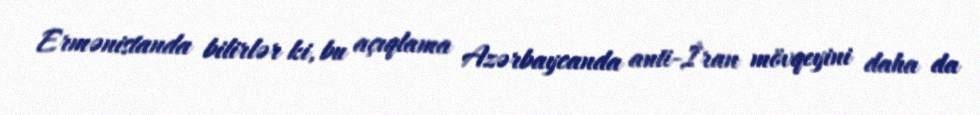
Ermənistanda bilirlər ki, bu açıqlama Azərbaycanda anti-İran mövqeyini daha da